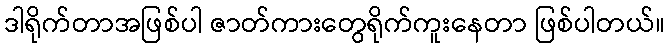
ဒါရိုက်တာအဖြစ်ပါ ဇာတ်ကားတွေရိုက်ကူးနေတာ ဖြစ်ပါတယ်။